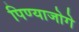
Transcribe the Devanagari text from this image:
पिण्याजोगे